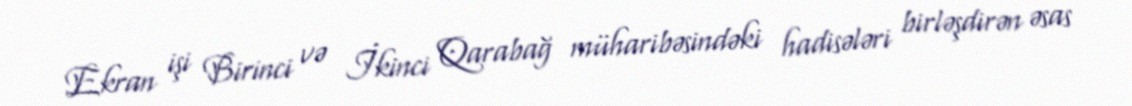
Ekran işi Birinci və İkinci Qarabağ müharibəsindəki hadisələri birləşdirən əsas